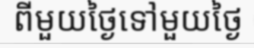
ពីមួយថ្ងៃទៅមួយថ្ងៃ